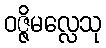
ဝဇ္ဇိမလ္လေသု